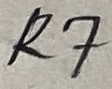
Text: R7